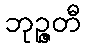
ဘုဉ္ဇတီ